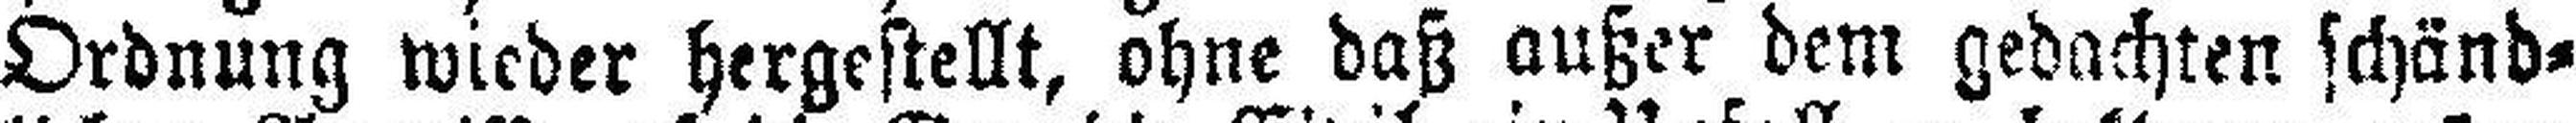
Ordnung wieder hergestellt, ohne daß außer dem gedachten schänd¬